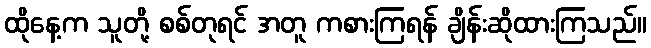
ထိုနေ့က သူတို့ စစ်တုရင် အတူ ကစားကြရန် ချိန်းဆိုထားကြသည်။